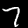
Label: 7